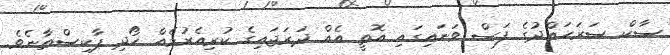
ސާކް ސަރަހައްދުގެ ފަސް ވަނައިގައި އޮތީ އެއް ދަރަޖައިގެ ކުރިއެރުމެއް ހޯދި ޕާކިސްތާނެވެ.